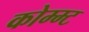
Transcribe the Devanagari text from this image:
कोम्म्ट